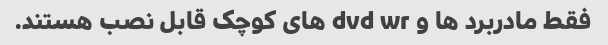
فقط مادربرد ها و dvd wr های کوچک قابل نصب هستند.